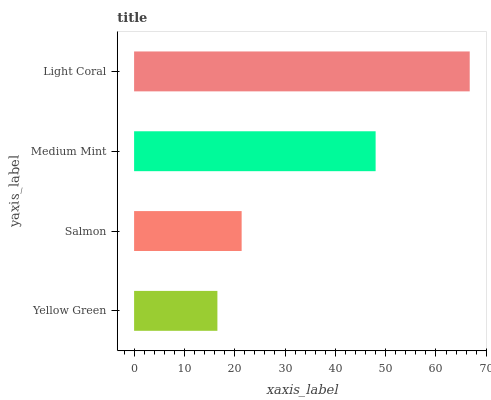
| yaxis_label | bars |
 | --- | --- |
 | Yellow Green | 16.6 |
 | Salmon | 21.4 |
 | Medium Mint | 48 |
 | Light Coral | 66.7 |